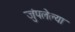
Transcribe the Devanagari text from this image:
जुंपलेल्या